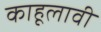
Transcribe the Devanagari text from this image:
काहूलावी